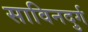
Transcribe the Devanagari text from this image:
साविनदुर्ग